NAE_Eesti_seltside_protokollid_1900-1917, lk 43
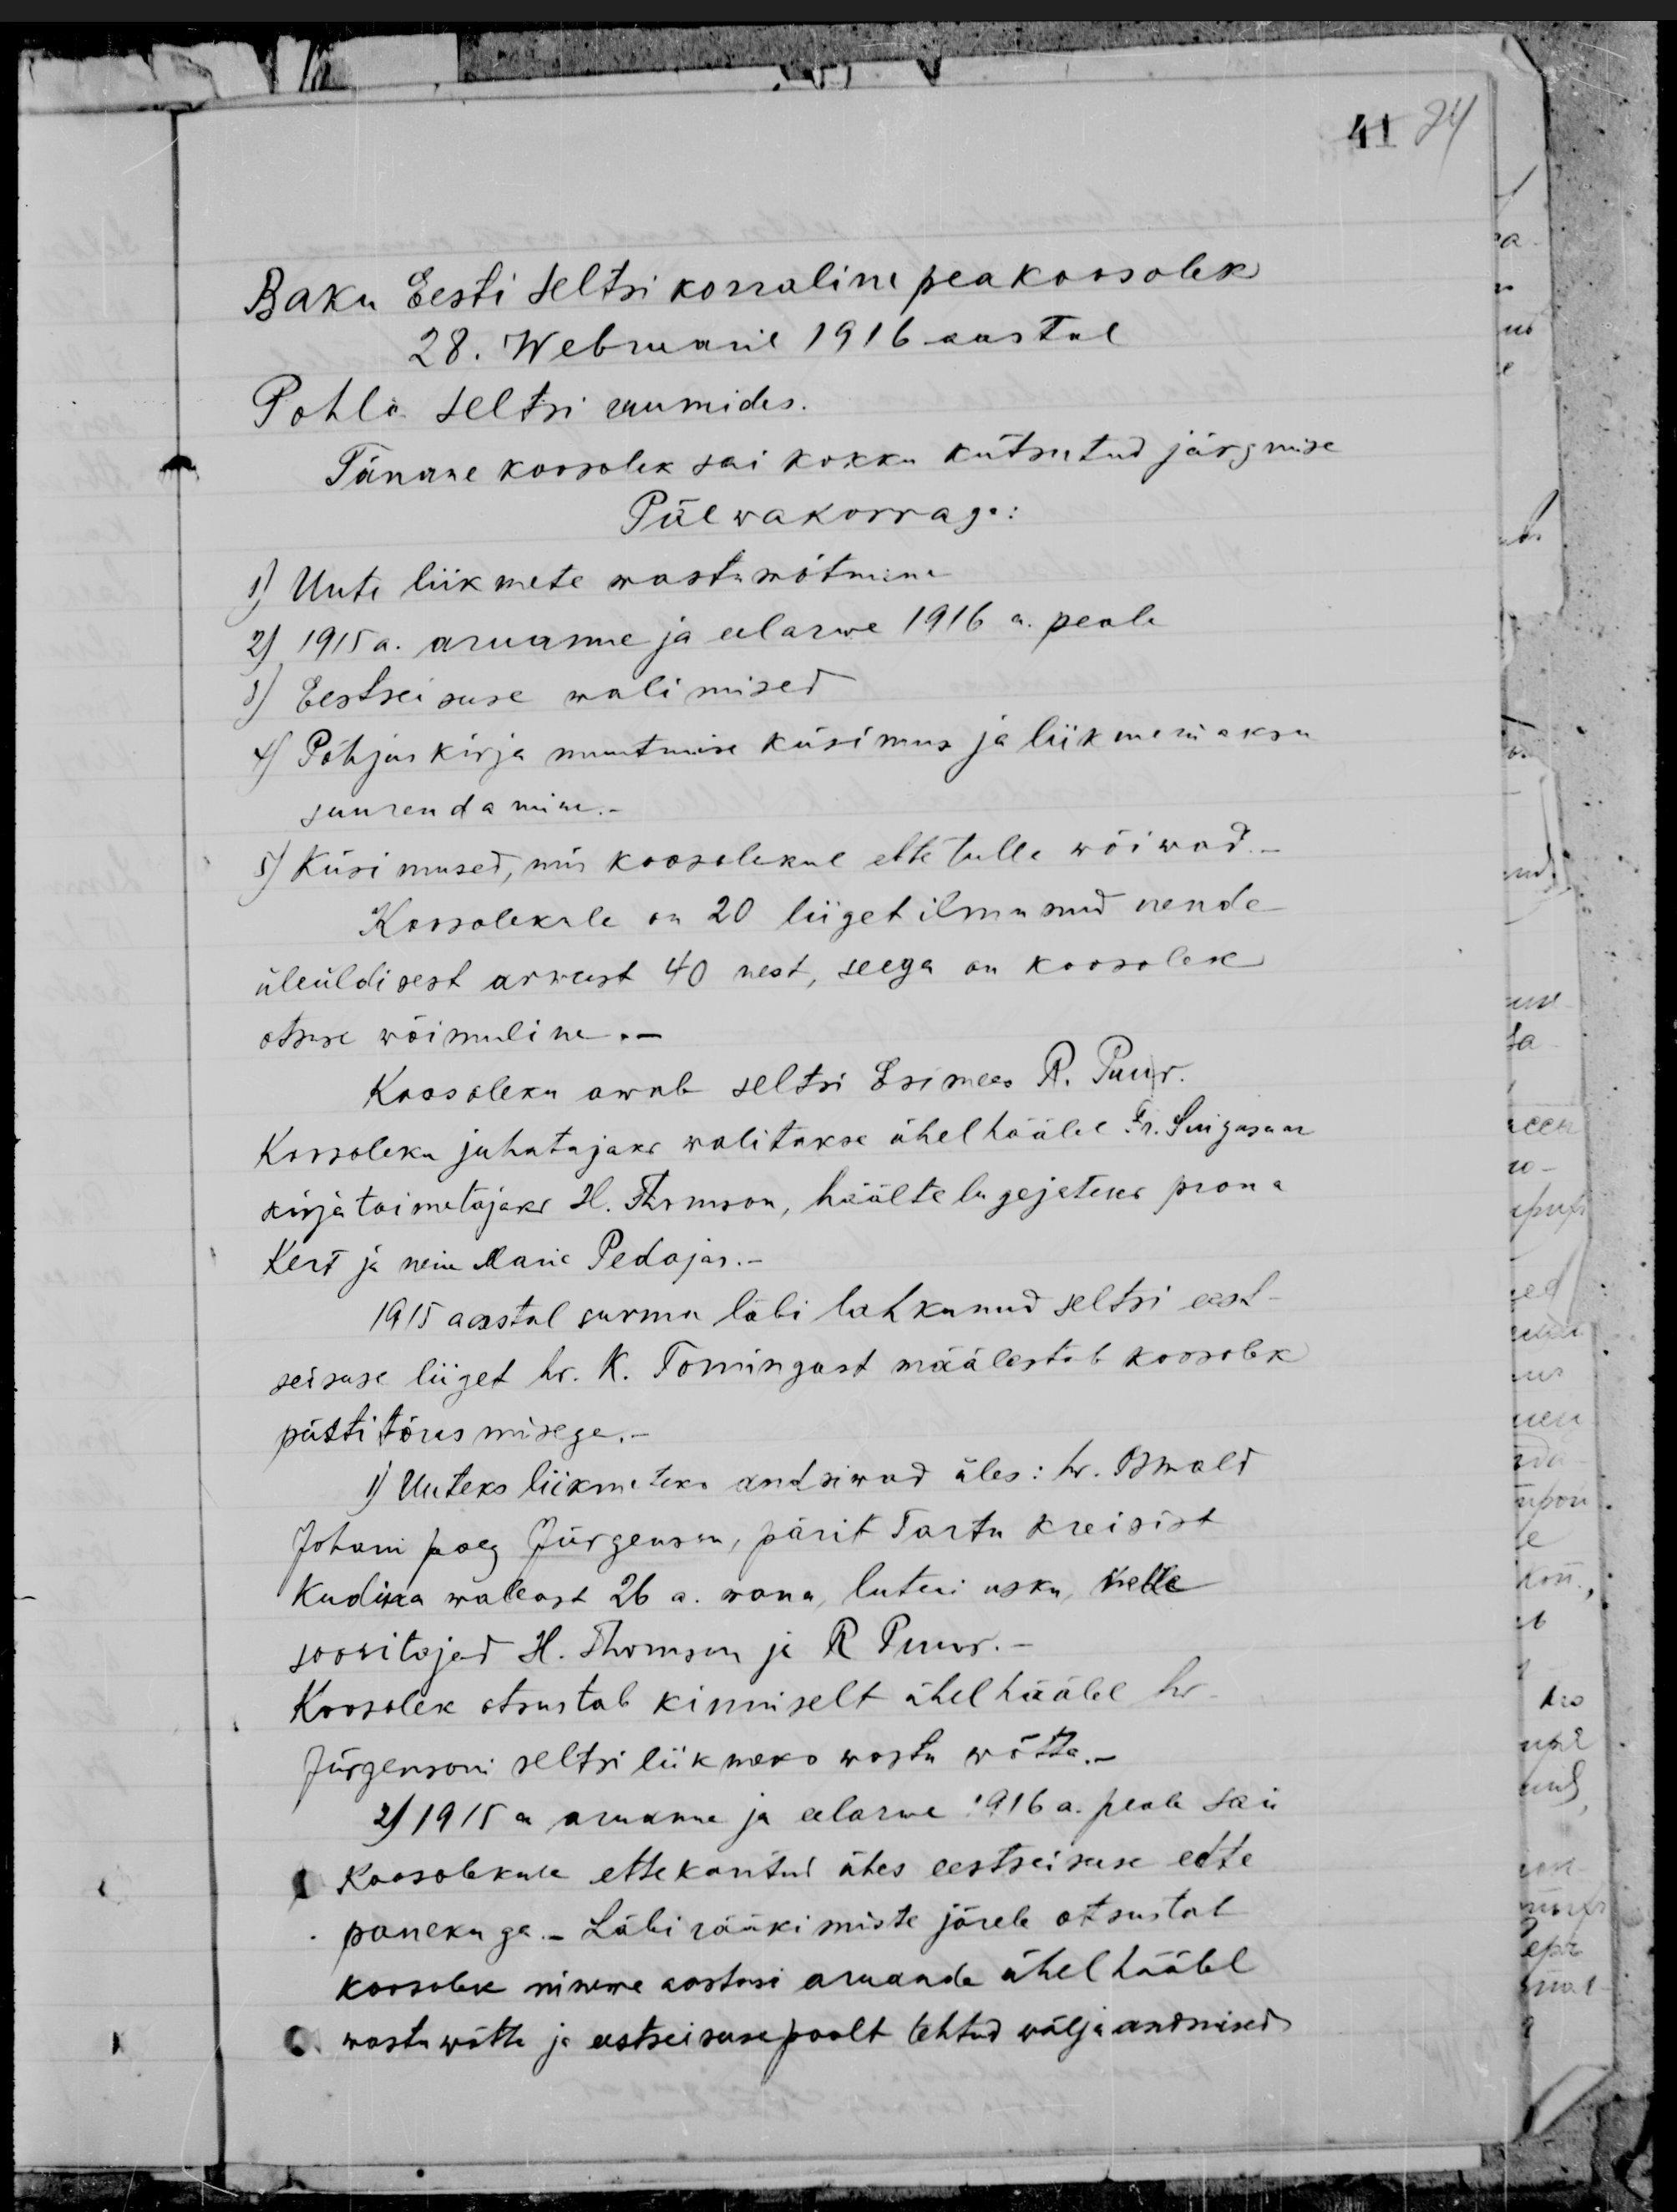
Baku Eesti seltsi korraline peakoosolek
28. Webruaril 1916 aastal
Pohla seltsi ruumides.
Tänane koosolek sai kokku kutsutud järgmise
Päewakorraga:
1) Uute liikmete wastuwõtmine
2) 1915a. aruanne ja eelarwe 1916 a. peale
3) Eestseisuse walimised
4) Põhjus kirja muutmise küsimus ja liikmemaksu
suurendamine.-
5) Küsimused, mis koosolekul ette tulla wõiwad
Koosolekule on 20 liiget ilmunud nende
üleüldisest arwust 40 nest, seega on koosolek
otsuse wõimuline.-
Koosoleku awab seltsi Esimees R. Puur.
Koosoleku juhatajaks walitakse ühel häälel Fr. Suigusaar
kirjatoimetajaks H. Thomson, häälte lugejateks proua
Kert ja neiu Marie Pedajas.
1915 aastal surma läbi lahkunud seltsi eest-
seisuse liiget hr. K. Tomingast määlestab koosolek
püsti tõusmisega.-
1) Uuteks liikmeteks andsiwad üles: hr. Oswald
Johani poeg Jürgenson, pärit Tartu kreisist
Kudina wallast 26 a. wana, luteri usku, kelle
soowitajad H. Thomson ja R Puur.-
Koosolek otsustab kinniselt ühel häälel hr
Jürgensoni seltsi liikmeks wastu wõtta.-
2) 1915a aruanne ja eelarwe 1916 a. peale sai
Koosolekule ettekantud ühes eestseisuse ette
panekuga. - Läbi rääkimiste järele otsustab
koosolek minewa aastusi aruande ühel häälel
wastu wõtta ja eestseisuse poolt tehtud wälja andmised